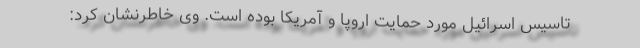
تاسیس اسرائیل مورد حمایت اروپا و آمریکا بوده است. وی خاطرنشان کرد: